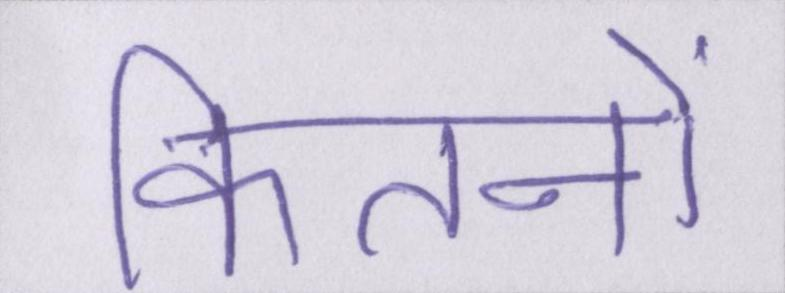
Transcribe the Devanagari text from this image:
कितनों